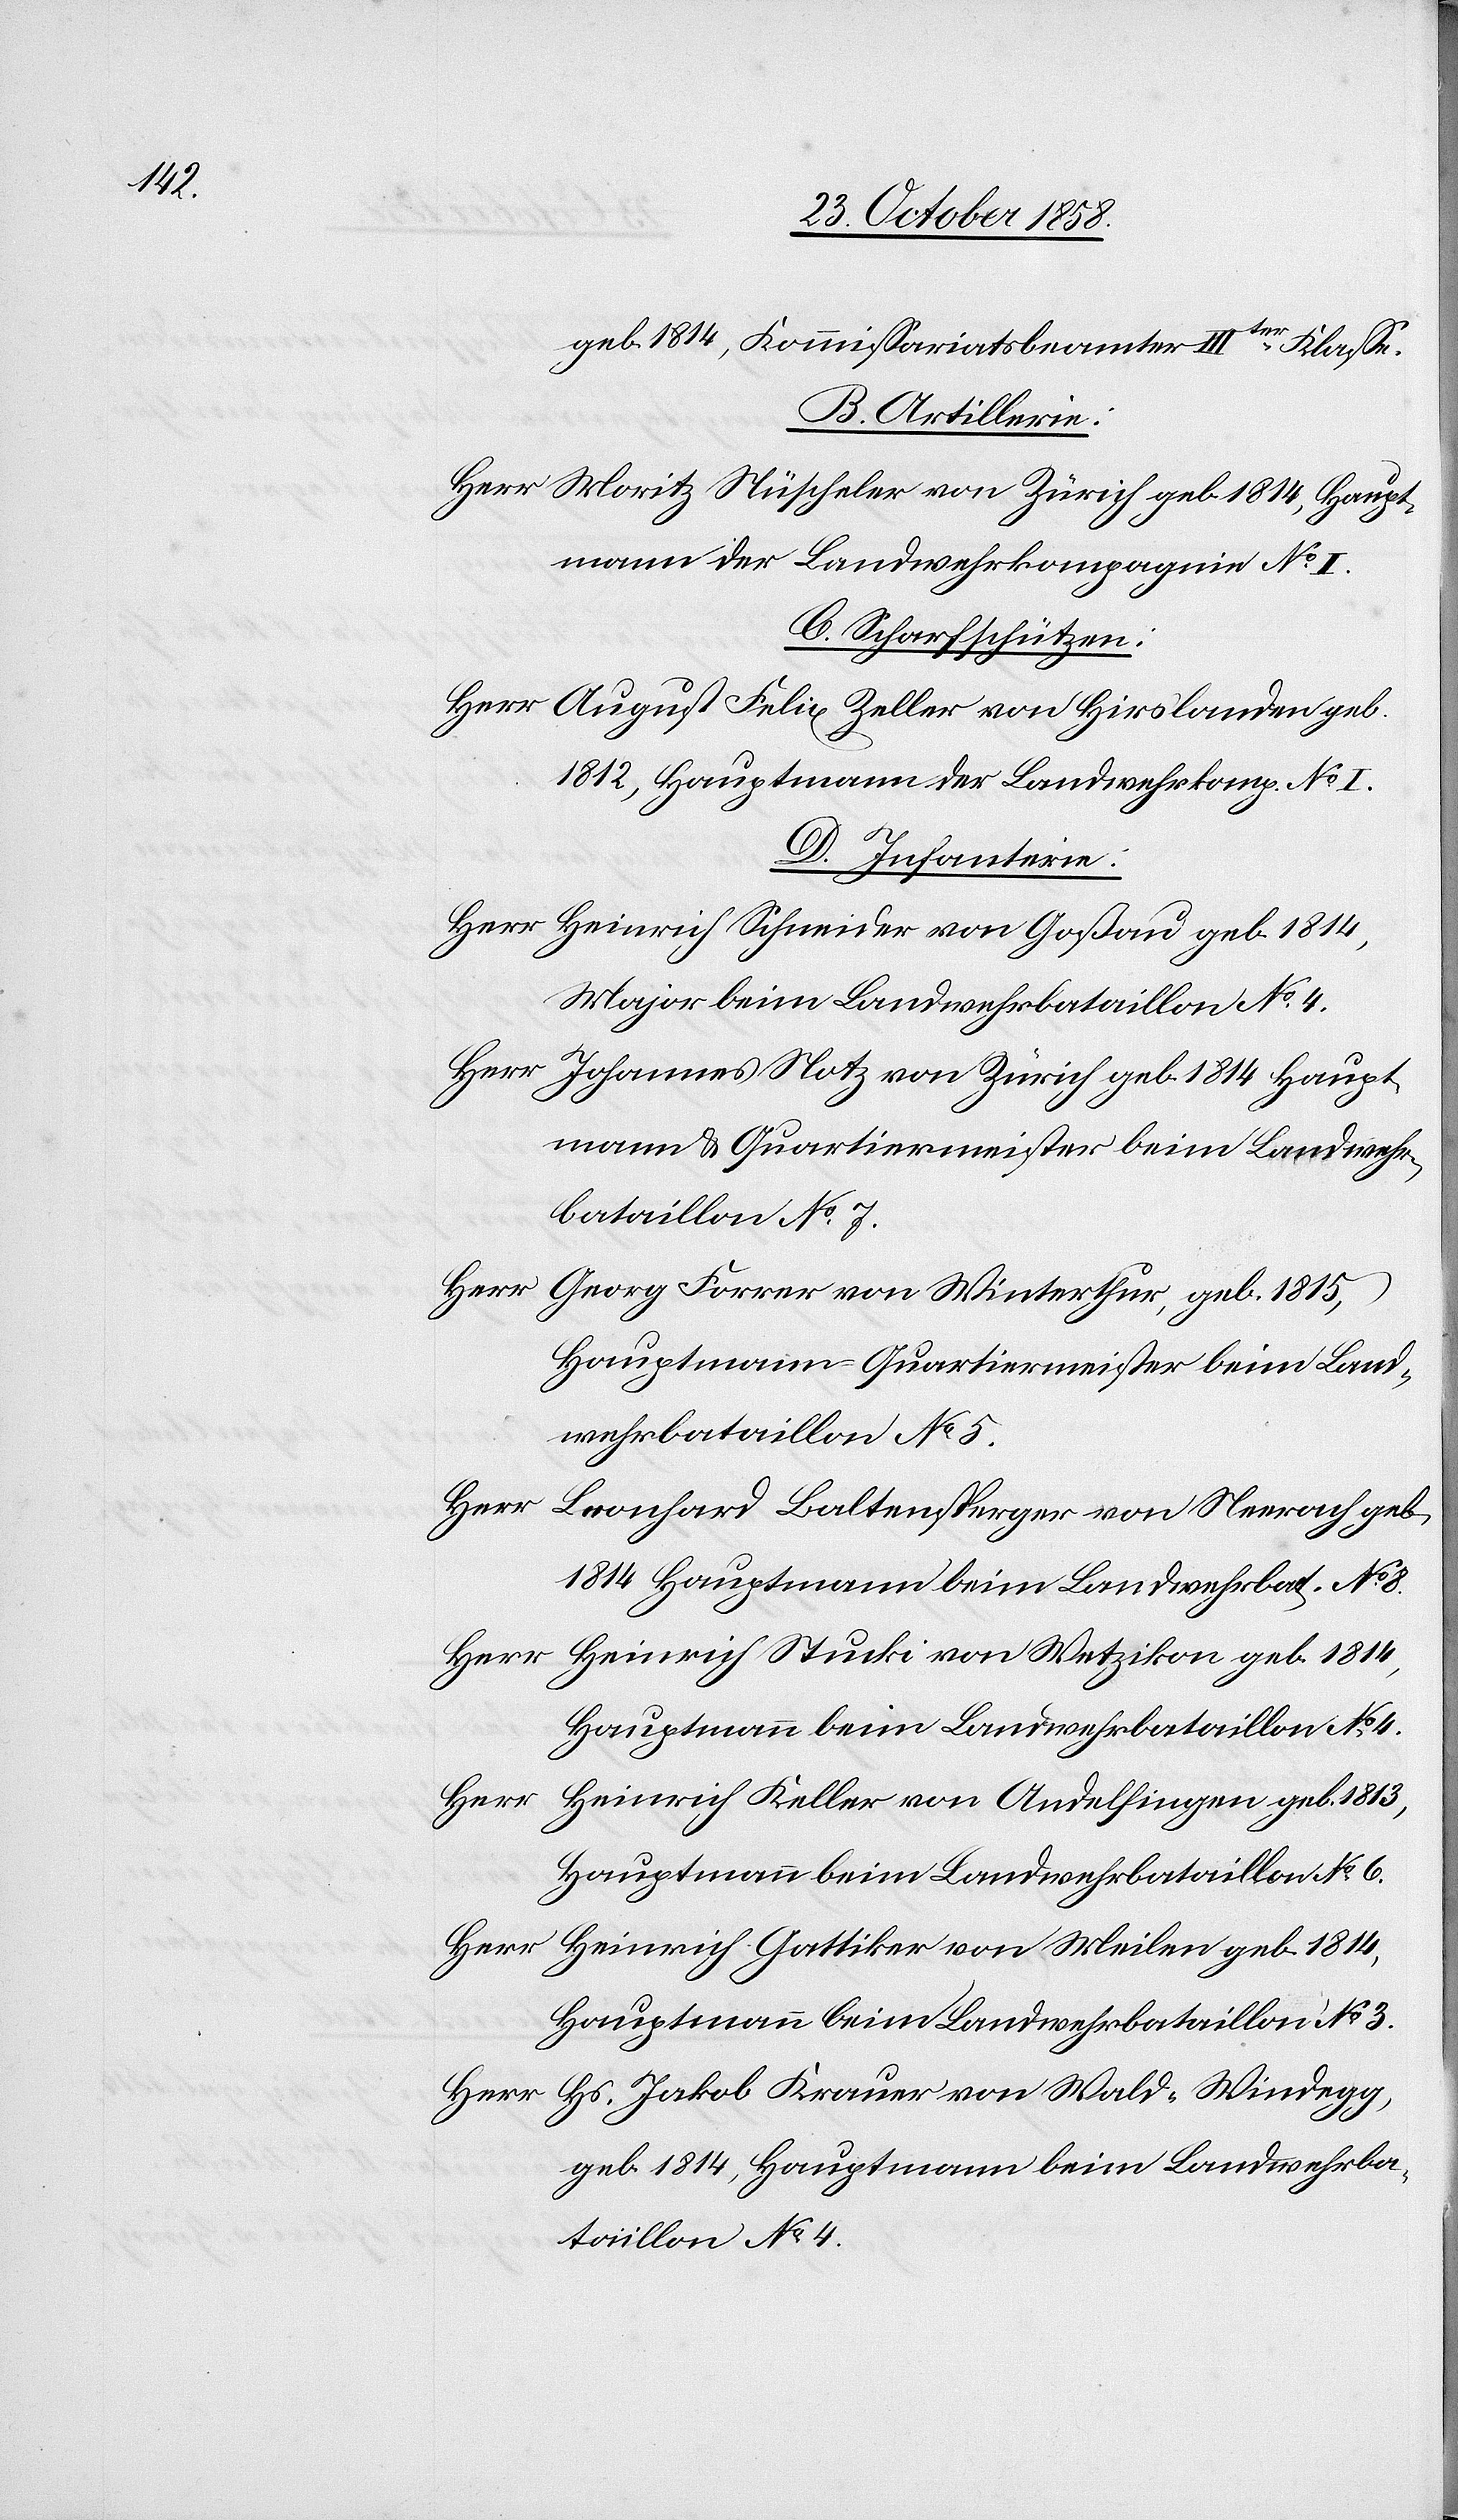
1814,

geb. 1814, Kommissariatsbeamter IIIter Klasse.
B. Artillerie:
Moritz Nüscheler von Zürich geb. 1814, Haupt¬
mann der Landwehrkompagnie No. I.
C. Scharfschützen:
August Felix Zeller von Hirslanden geb.
1812, Hauptmann der Landwehrkomp. No. I.
D. Infanterie:
Major beim Landwehrbataillon No. 4.
Johannes Notz von Zürich geb. 1814 Haupt¬
mann & Quartiermeister beim Landwehr¬
bataillon No. 7.
Herr
Georg Forrer von Winterthur, geb. 1815,
Hauptmann-Quartiermeister beim Land¬
wehrbataillon No. 5.
Herr
Leonhard Baltensperger von Neerach geb.
1814 Hautmann beim Landwehrbat. No. 8.
Heinrich Stucki von Wetzikon geb. 1814,
Hauptmann beim Landwehrbataillon No. 4.
Herr
Heinrich Keller von Andelfingen geb. 1813,
Hauptmann beim Landwehrbataillon No. 3.
Herr
Heinrich Gattiker von Meilen geb. 1814,
Hs. Jakob Krauer von Wald-Windegg,
geb. 1814, Hauptmann beim Landwehrba¬
taillon No. 4.